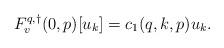
LaTeX: \begin{align*}F^{q,\dagger}_v(0,p)[u_k] = c_1(q,k,p)u_k.\end{align*}